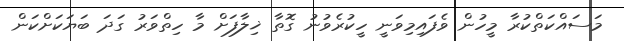
މަސައްކަތްކުރާ މީހުން ވެފައިމިވަނީ ހީކުރެވުނު ގޮތާ ޚިލާފަށް މާ ހިތްވަރު ގަދަ ބަޔަކަށްކަން